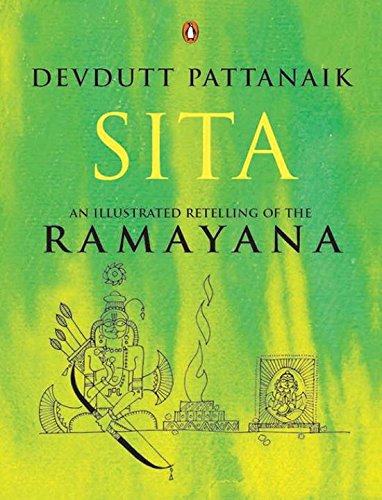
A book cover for Sita: An Illustrated Retelling of the Ramayana; Devdutt Pattanaik; Religion & Spirituality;